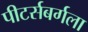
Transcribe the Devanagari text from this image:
पीटर्सबर्गला